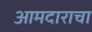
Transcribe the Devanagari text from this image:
आमदाराचा